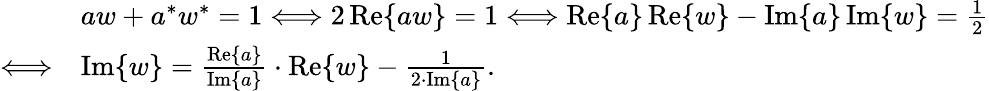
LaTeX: {\begin{array}{rl}&{aw+a^{*}w^{*}=1\Longleftrightarrow 2\operatorname{Re}\{ aw\} =1\Longleftrightarrow\operatorname{Re}\{ a\} \operatorname{Re}\{ w\} -\operatorname{Im}\{ a\} \operatorname{Im}\{ w\} ={\frac{1}{2}}}\\ {\Longleftrightarrow}&{\operatorname{Im}\{ w\} ={\frac{\operatorname{Re}\{ a\} }{\operatorname{Im}\{ a\} }}\cdot\operatorname{Re}\{ w\} -{\frac{1}{2\cdot\operatorname{Im}\{ a\} }}.}\end{array}}